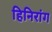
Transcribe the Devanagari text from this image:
हिनिरांग